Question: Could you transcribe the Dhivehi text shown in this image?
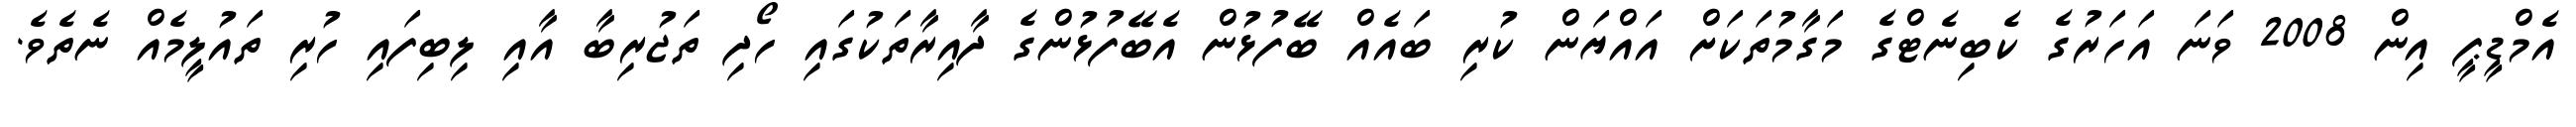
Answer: އެމްޑީޕީ އިން 2008 ވަނަ އަހަރުގެ ކެބިނެޓްގެ މަގާމުތަކަށް އައްޔަން ކުރި ބައެއް ބޭފުޅުން އެބޭފުޅުންގެ ދާއިރާތަކުގައި ހޯދި ތަޖުރިބާ އާއި ލިބިފައި ހުރި ތައުލީމެއް ނެތެވެ.